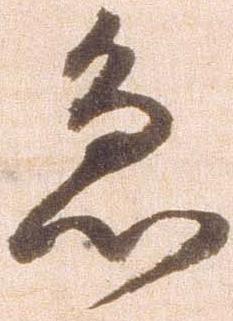
急